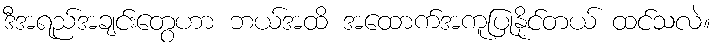
ဒီအရည်အချင်းတွေဟာ ဘယ်အထိ အထောက်အကူပြုနိုင်တယ် ထင်သလဲ။